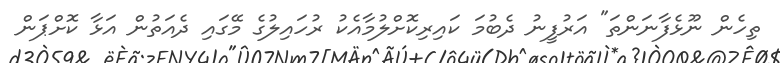
ތިހެން ނޫޅެފާނަންތަ" އަރުފީނު ދެބުމަ ކައިރިކޮށްލުމާއެކު ރުހައިލުގެ މޭގައި ދެއަތުން އަޅާ ކޮށްޕަން